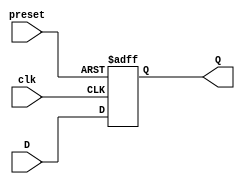
module dff_async_preset (
    input wire D,       // Data input
    input wire preset,  // Asynchronous preset input
    input wire clk,     // Clock input
    output reg Q        // Output
);

// Sequential logic block with asynchronous preset
always @(posedge clk or posedge preset) begin
    if (preset) begin
        Q <= 1'b1;  // Set output to 1 when preset is active
    end else begin
        Q <= D;     // Store input data on rising edge of clock
    end
end

endmodule